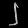
Digit: ၂